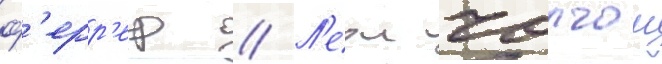
ф'ерр'ер // Л'еон чолгош